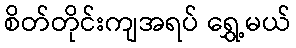
စိတ်တိုင်းကျအရပ် ရွှေ့မယ်